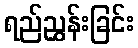
ရည်ညွှန်းခြင်း